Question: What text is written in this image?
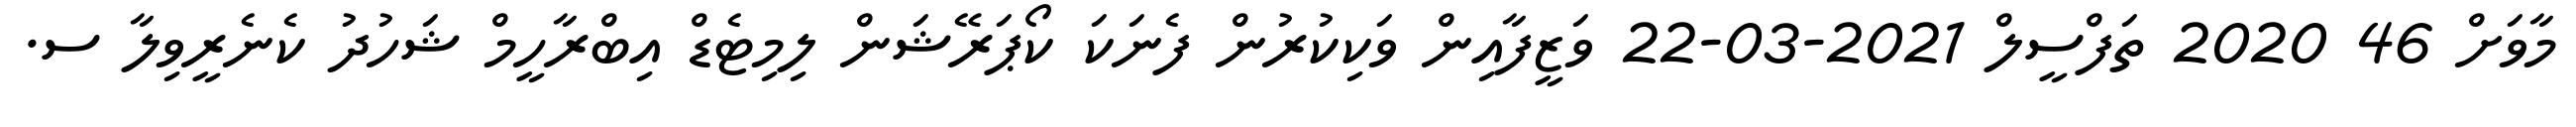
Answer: މާވަށް 46 2020 ތަފްސީލް 2021-03-22 ވަޒީފާއިން ވަކިކުރުން ފެނަކަ ކޯޕަރޭޝަން ލިމިޓެޑް އިބްރާހީމް ޝަހުދު ކެނެރީވިލާ ސ.